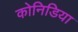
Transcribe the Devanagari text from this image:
कोनिडिया